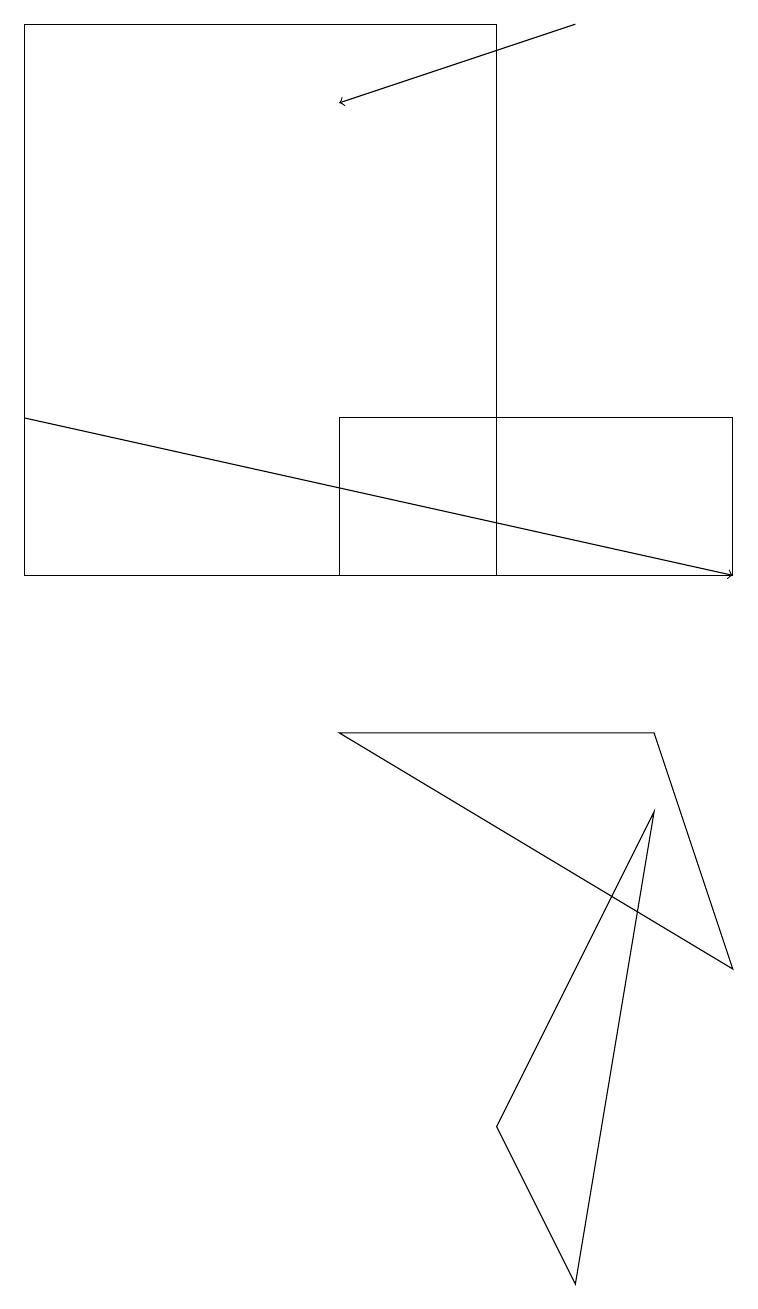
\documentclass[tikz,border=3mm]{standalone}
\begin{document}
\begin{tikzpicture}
\draw (6,17) rectangle (0,10);
\draw (6,3) -- (8,7) -- (7,1) -- cycle;
\draw (4,12) rectangle (9,10);
\draw[->] (0,12) -- (9,10);
\draw[->] (7,17) -- (4,16);
\draw (4,8) -- (8,8) -- (9,5) -- cycle;
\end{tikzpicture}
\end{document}